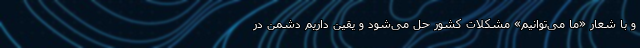
و با شعار «ما می‌توانیم» مشکلات کشور حل می‌شود و یقین داریم دشمن در